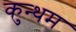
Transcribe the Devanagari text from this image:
कुन्थम